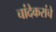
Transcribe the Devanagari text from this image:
चांदेकरांचे